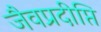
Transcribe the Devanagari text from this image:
जैवप्रदीप्ति